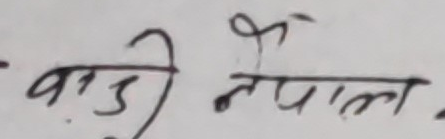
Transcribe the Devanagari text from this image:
बाडी नेपाल